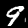
Label: 9